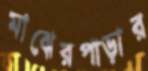
মাঝেরপাড়ার